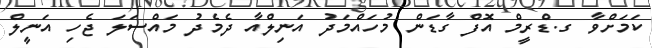
ކަމަށްވާ ގ.ޑްރީމް އޮފް ގާޑަން މުހައްމަދު އަނިލްއާ ދެމެދު މައްސަލަ ޖެހި އަނީލް